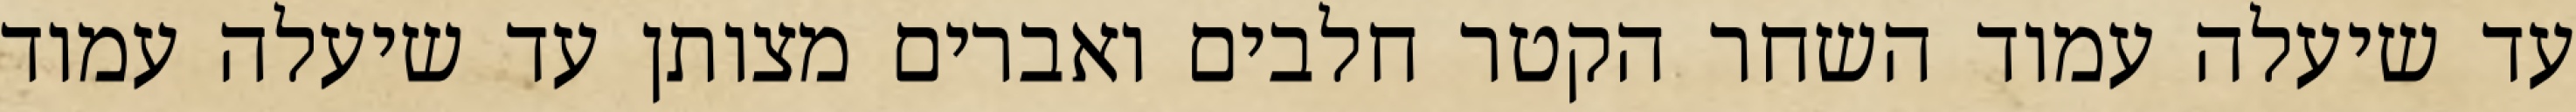
עד שיעלה עמוד השחר הקטר חלבים ואברים מצותן עד שיעלה עמוד